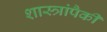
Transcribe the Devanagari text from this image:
शास्त्रांपैकी